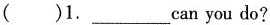
（）1.___can you do ?